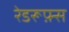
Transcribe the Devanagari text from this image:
रेडरूफ़्स